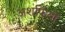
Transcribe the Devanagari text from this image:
अशर्फियां